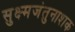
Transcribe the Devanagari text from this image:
सुक्ष्मजंतुनाशक